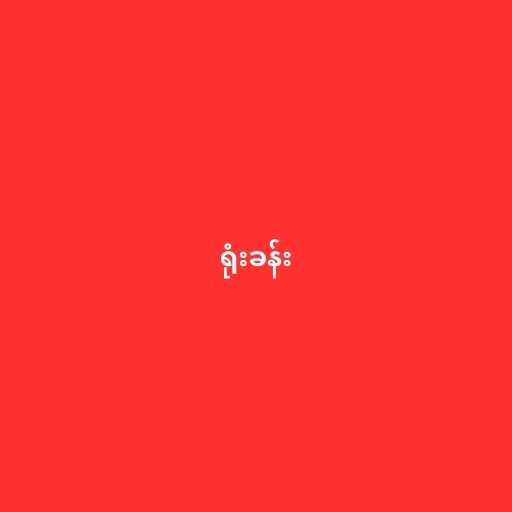
ရုံးခန်း